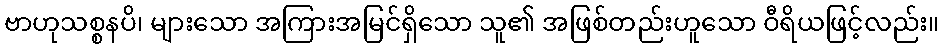
ဗာဟုသစ္စနပိ၊ များသော အကြားအမြင်ရှိသော သူ၏ အဖြစ်တည်းဟူသော ဝီရိယဖြင့်လည်း။